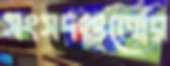
সংসদগুলোর